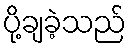
ပို့ချခဲ့သည်